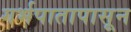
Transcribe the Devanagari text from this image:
गर्भपातापासून